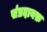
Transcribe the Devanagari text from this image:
संप्रदायफ़